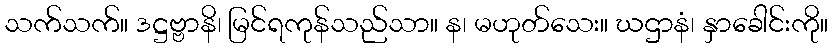
သက်သက်။ ဒဋ္ဌဗ္ဗာနိ၊ မြင်ရကုန်သည်သာ။ န၊ မဟုတ်သေး။ ဃဌာနံ၊ နှာခေါင်းကို။